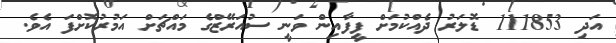
އަދި 111853 ޑޮލަރު ދެއްކުމަށް ފީފާއިން ވަނީ ސުއަރޭޒްގެ މައްޗަށް އަމުރުކޮށްފަ އެވެ.